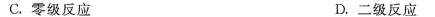
C.零级反应 D.二级反应